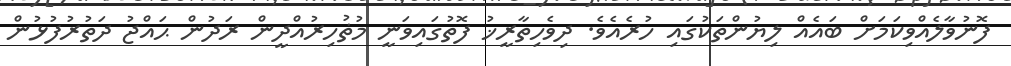
ފޮނުވާލެއްވިކަމަށް ބައެއް ލިޔުންތަކުގައި ހުރެއެވެ. ދިވެހިތާރީޚު ފޮތުގައިވަނީ މުޡުހިރުއްދީން ރަދުން ޙައްޖު ދަތުރުފުޅުން